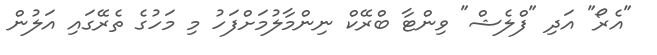
"އެރޯ" އަދި "ފްލެޝް" ވިންޓާ ބްރޭކް ނިންމާލުމަށްފަހު މި މަހުގެ ތެރޭގައި އަލުން